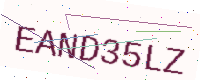
Text: EAND35LZ